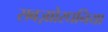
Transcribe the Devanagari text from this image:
सबज़ाोरधनिया